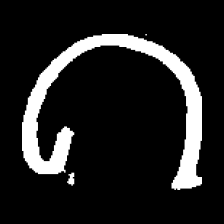
Pyu character \u2014 Myanmar letter: ဂ (romanized: ga)